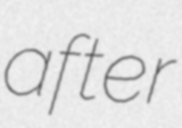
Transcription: after